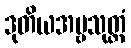
ဒုတိယအမ္ဗသုတ္တံ